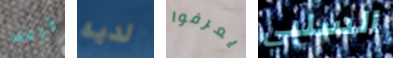
إرين لديه يعرفوا السلبي